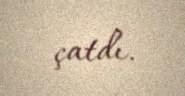
çatdı.